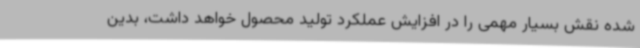
شده نقش بسیار مهمی را در افزایش عملکرد تولید محصول خواهد داشت، بدین